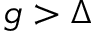
g > \Delta